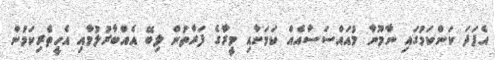
އެފަދަ ކަންކަމުގައި ނާމޫނާ މުއައްސަސާއެއް ކަމަށާއި މީރާގެ ފަރާތުން ލިބޭ އެއްބާރުލުމާއި އެހީތެރިކަމުން